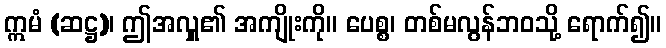
ဣမံ (ဆဋ္ဌ)၊ ဤအလှူ၏ အကျိုးကို။ ပေစ္စ၊ တစ်မလွန်ဘဝသို့ ရောက်၍။